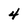
Character: 4